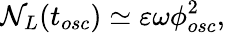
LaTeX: \mathcal{N}_{L}(t_{osc})\simeq\varepsilon\omega\phi_{osc}^{2},